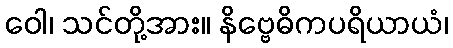
ဝေါ၊ သင်တို့အား။ နိဗ္ဗေဓိကပရိယာယံ၊